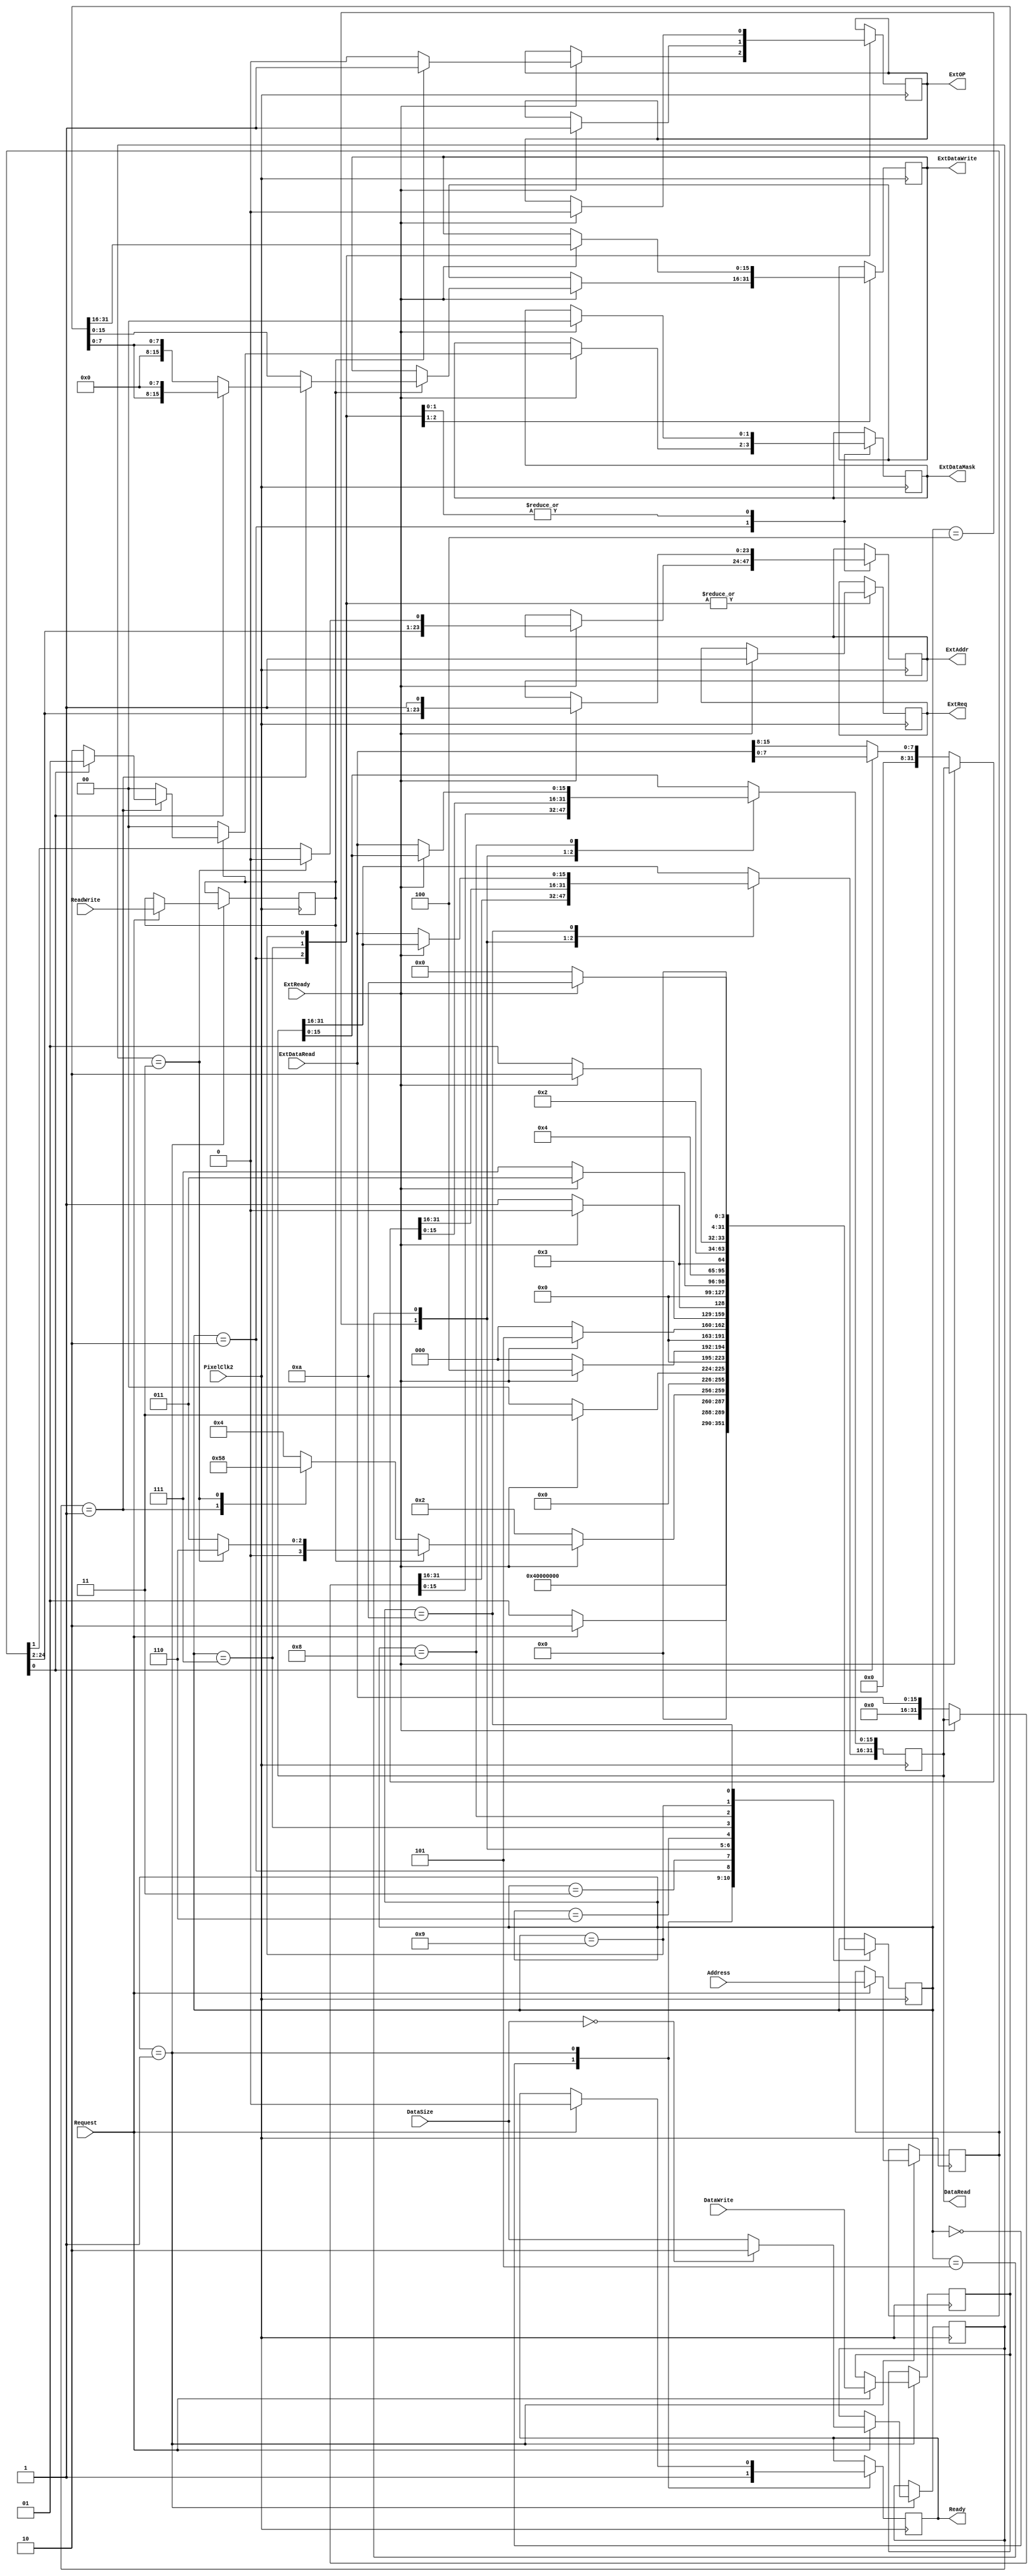
`timescale 1ns / 1ps
//////////////////////////////////////////////////////////////////////////////////
// Company: 
// Engineer: 
// 
// Design Name: 
// Module Name:    MemoryAdapter 
// Project Name: 
// Target Devices: 
// Tool versions: 
// Description: 
//
// Dependencies: 
//
// Revision: 
// Revision 0.01 - File Created
// Additional Comments: 
//
//////////////////////////////////////////////////////////////////////////////////
module MemoryAdapter
( input PixelClk2,
  output reg [23:0] ExtAddr,
  output reg [15:0] ExtDataWrite,
  output reg [1:0] ExtDataMask,
  input [15:0] ExtDataRead,
  output reg ExtOP,
  output reg ExtReq,
  input ExtReady,
  input [24:0] Address,
  input [31:0] DataWrite,
  output reg [31:0] DataRead,
  input [1:0] DataSize,            // 01: 8bit  -  11: 32bit  -  00|10: 16bit
  input ReadWrite,
  input Request,
  output reg Ready  
);

  integer Status;
  reg [24:0] SaveAddr;
  reg [31:0] SaveData;
  reg [1:0] SaveSize;
  reg SaveOP;

  initial
    begin
	   Status = 0;
		ExtReq = 0;
		DataRead = 0;
		ExtAddr = 0;
		ExtDataWrite = 0;
		ExtDataMask = 0;
		ExtOP = 0;
		Ready = 0;
	 end

  always @(posedge PixelClk2)
    begin
	   case(Status)
		  0: begin
		       Ready = 1;
				 Status = 1;
		     end
		  1: begin
		       if (Request == 1)
				   begin
				     SaveAddr = Address;
                 SaveData = DataWrite;
                 SaveSize = (DataSize == 2'b00) ? 2'b10 : DataSize;
                 SaveOP = ReadWrite;
					  Ready = 0;
					  Status = 2;
					end
				 else Status = 1;
		     end
		  2: begin
		       if (ExtReady == 1)
				   begin
					  case(SaveOP)
					    1: begin                      // WRITE
					         case(SaveSize)
					           2'b01: begin           // Byte
								           ExtAddr = SaveAddr[24:1];
											  ExtDataWrite = (SaveAddr[0]==0) ? {8'h00,SaveData[7:0]} : {SaveData[7:0],8'h00};
											  ExtDataMask = (SaveAddr[0]==0) ? 2'b10 : 2'b01;
											  ExtOP = 1;
											  ExtReq = 1;
											  Status = 3;
						               end
						        2'b11: begin           // Double
								           ExtAddr = {SaveAddr[24:2],1'b0};
										     ExtDataWrite = SaveData[15:0];
											  ExtDataMask = 2'b00;
											  ExtOP = 1;
											  ExtReq = 1;
											  Status = 6;
						               end
						        default: begin         // Word
						                   ExtAddr = SaveAddr[24:1];
										       ExtDataWrite = SaveData[15:0];
												 ExtDataMask = 2'b00;
												 ExtOP = 1;
												 ExtReq = 1;
												 Status = 3;
						                 end
					         endcase
							 end
					    default: begin                // READ
					               case(SaveSize)
					                 2'b01: begin     // Byte
										           ExtAddr = SaveAddr[24:1];
													  ExtDataMask = 2'b00;
												     ExtOP = 0;
												     ExtReq = 1;
												     Status = 5;
						                     end
						              2'b11: begin     // Double
										           ExtAddr = {SaveAddr[24:2],1'b0};
													  ExtDataMask = 2'b00;
												     ExtOP = 0;
												     ExtReq = 1;
												     Status = 8;
						                     end
						              default: begin   // Word
						                         ExtAddr = SaveAddr[24:1];
														 ExtDataMask = 2'b00;
												       ExtOP = 0;
												       ExtReq = 1;
												       Status = 4;
						                       end
									   endcase				  
                            end
                 endcase									 
					end
				 else Status = 2;
		     end
		  3: begin
		       if (ExtReady == 0) Status = 0;
				 else Status = 3;
           end		  
		  4: begin
		       if (ExtReady == 0) 
				   begin
                 DataRead = {16'h0000,ExtDataRead};					
					  Status = 0;
					end
				 else Status = 4;
           end		  
		  5: begin
		       if (ExtReady == 0) 
				   begin
					  DataRead = (SaveAddr[0]==1) ? {24'h000000,ExtDataRead[7:0]} : {24'h000000,ExtDataRead[15:8]};					
					  Status = 0;
					end
				 else Status = 5;
           end		  
		  6: begin
		       if (ExtReady == 0) Status = 7;
				 else Status = 6;
           end		  
        7: begin
		       if (ExtReady == 1) 
				   begin
					  ExtAddr = {SaveAddr[24:2],1'b1};
					  ExtDataWrite = SaveData[31:16];
					  ExtDataMask = 2'b00;
					  ExtOP = 1;
					  ExtReq = 1;
					  Status = 3;
					end
				 else Status = 7;
		     end
		  8: begin
		       if (ExtReady == 0) 
				   begin
                 DataRead[15:0] = ExtDataRead;					
					  Status = 9;
					end
				 else Status = 8;
           end		  
        9: begin
		       if (ExtReady == 1) 
				   begin
					  ExtAddr = {SaveAddr[24:2],1'b1};
					  ExtDataMask = 2'b00;
					  ExtOP = 0;
					  ExtReq = 1;
					  Status = 10;
					end
				 else Status = 9;
		     end
		 10: begin
		       if (ExtReady == 0) 
				   begin
                 DataRead[31:16] = ExtDataRead;					
					  Status = 0;
					end
				 else Status = 10;
           end		  
		endcase
	 end

endmodule